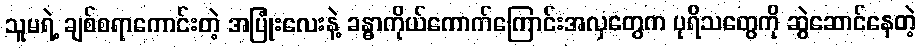
သူမရဲ့ ချစ်စရာကောင်းတဲ့ အပြုံးလေးနဲ့ ခန္ဓာကိုယ်ကောက်ကြောင်းအလှတွေက ပုရိသတွေကို ဆွဲဆောင်နေတဲ့